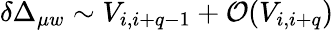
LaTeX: \delta\Delta_{\mu w}\sim V_{i,i+q-1}+\mathcal{O}(V_{i,i+q})